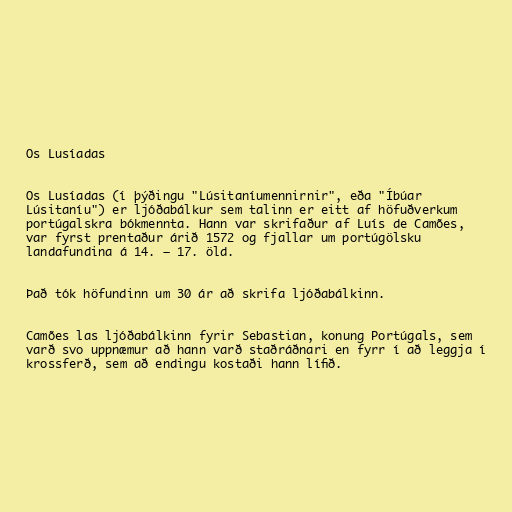
Os Lusíadas

Os Lusíadas (í þýðingu "Lúsitaníumennirnir", eða "Íbúar
Lúsitaníu") er ljóðabálkur sem talinn er eitt af höfuðverkum
portúgalskra bókmennta. Hann var skrifaður af Luís de Camões,
var fyrst prentaður árið 1572 og fjallar um portúgölsku
landafundina á 14. – 17. öld.

Það tók höfundinn um 30 ár að skrifa ljóðabálkinn.

Camões las ljóðabálkinn fyrir Sebastian, konung Portúgals, sem
varð svo uppnæmur að hann varð staðráðnari en fyrr í að leggja í
krossferð, sem að endingu kostaði hann lífið.